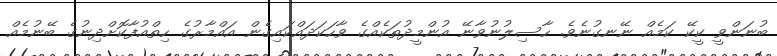
ބުނަންވީ ކީކޭ ކަމެއް ނޭނގުނެވެ. ހާސިލުނުވާނޭ އުންމީދުތަކެއްގެ ވާހަކަދައްކައިގެން އައްމާރުގެ ހިތްއުފާކޮށްދިނުގެ ބޭނުމެއް